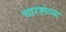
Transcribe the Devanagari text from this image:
चारशेव्या